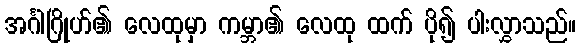
အင်္ဂါဂြိုဟ်၏ လေထုမှာ ကမ္ဘာ၏ လေထု ထက် ပို၍ ပါးလွှာသည်။